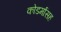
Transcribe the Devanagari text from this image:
कोडर्मासह